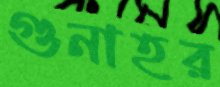
গুনাহর